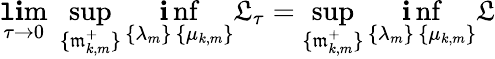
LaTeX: \operatorname*{\mathtt{l}\mathbf{i}m}_{\tau\to0}\; \operatorname*{sup}_{\{ \mathfrak{{m}}_{k,m}^{+}\} }\operatorname*{\mathbf{i}nf}_{\substack{\{ \lambda_{m}\} \, \{ \mu_{k,m}\} }}\mathfrak{{L}}_{\tau}=\operatorname*{sup}_{\{ \mathfrak{{m}}_{k,m}^{+}\} }\operatorname*{\mathbf{i}nf}_{\substack{\{ \lambda_{m}\} \, \{ \mu_{k,m}\} }}\mathfrak{{L}}